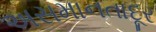
અસમાનતાદૂર